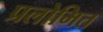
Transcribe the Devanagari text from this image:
प्रलोमित